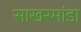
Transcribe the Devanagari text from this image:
साखरमांडा